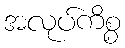
အလုပ်ကိစ္စ